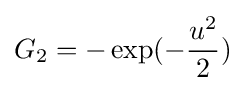
G_{2}=-\exp(-{\frac {u^{2}}{2}})